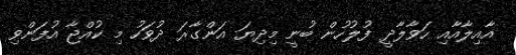
އާއިލާއާއި ހަވާލާދީ ފުލުހުން ބުނީ މިދިޔަ އަންގާރަ ދުވަހު މި ކުއްޖާ އުފަންވި